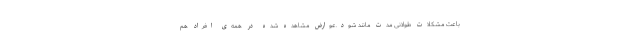
باعث مشکلات طولانی مدت مانند شود.عوارض مشاهده شده در همه‌ی افراد هم